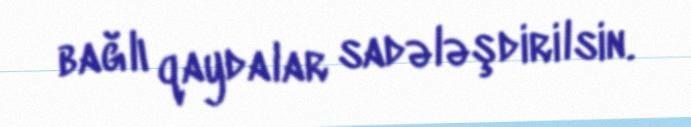
bağlı qaydalar sadələşdirilsin.